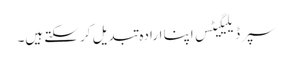
سپر ڈیلیگیٹس اپنا ارادہ تبدیل کر سکتے ہیں۔